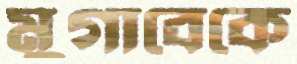
মুগাবেকে